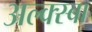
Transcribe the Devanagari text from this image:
अल्क्स्बा